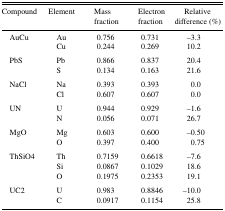
| Compound | Element | Mass fraction | Electron fraction | Relative difference (%) |
 | --- | --- | --- | --- | --- |
 | AuCu | Au | 0.756 | 0.731 | −3.3 |
 |  | Cu | 0.244 | 0.269 | 10.2 |
 | PbS | Pb | 0.866 | 0.837 | 20.4 |
 |  | S | 0.134 | 0.163 | 21.6 |
 | NaCl | Na | 0.393 | 0.393 | 0.0 |
 |  | Cl | 0.607 | 0.607 | 0.0 |
 | UN | U | 0.944 | 0.929 | −1.6 |
 |  | N | 0.056 | 0.071 | 26.7 |
 | MgO | Mg | 0.603 | 0.600 | −0.50 |
 |  | O | 0.397 | 0.400 | 0.75 |
 | ThSiO4 | Th | 0.7159 | 0.6618 | −7.6 |
 |  | Si | 0.0867 | 0.1029 | 18.6 |
 |  | O | 0.1975 | 0.2353 | 19.1 |
 | UC2 | U | 0.983 | 0.8846 | −10.0 |
 |  | C | 0.0917 | 0.1154 | 25.8 |